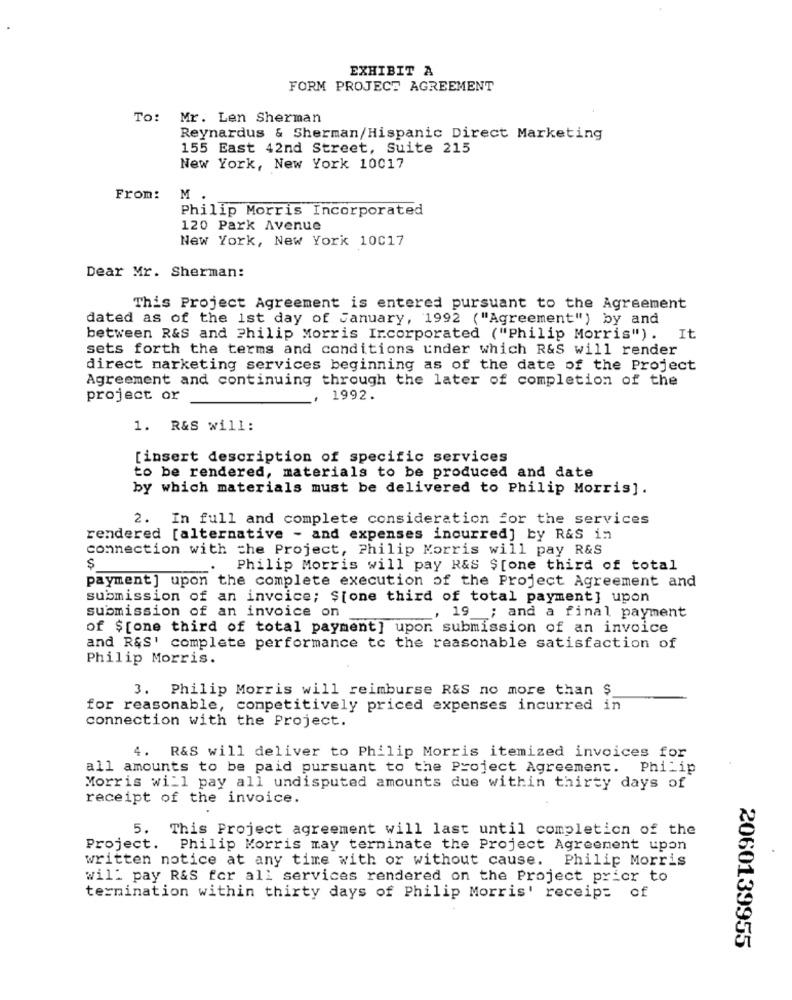
EXHIBIT A
FORM PROJECT AGREEMENT
To: Mr. Len Sherman
Reynardus & Sherman/Hispanic Direct Marketing
155 East 42nd Street, Suite 215
New York, New York 10017
From:
M .
Philip Morris Incorporated
120 Park Avenue
New York, New York 10017
Dear Mr. Sherman:
This Project Agreement is entered pursuant to the Agreement
dated as of the 1st day of January, 1992 ("Agreement") by and
between R&S and Philip Morris Ircorporated ("Philip Morris"). It
sets forth the terms and conditions under which R&S will render
direct marketing services beginning as of the date of the Project
Agreement and continuing through the later of completion of the
project or
1992.
1. R&S will:
[insert description of specific services
to be rendered, materials to be produced and date
by which materials must be delivered to Philip Morris].
2. In full and complete consideration for the services
rendered [alternative - and expenses incurred] by R&S in
connection with the Project, Philip Morris will pay R&S
Philip Morris will pay R&S $[one third of total
payment] upon the complete execution of the Project Agreement and
submission of an invoice; $[one third of total payment] upon
submission of an invoice on
, 19 ; and a final payment
of $[one third of total payment] upon submission of an invoice
and R&S' complete performance to the reasonable satisfaction of
Philip Morris.
3. Philip Morris will reimburse R&S no more than $
for reasonable, competitively priced expenses incurred in
connection with the Project.
4. R&S will deliver to Philip Morris itemized invoices for
all amounts to be paid pursuant to the Project Agreement. Philip
Morris will pay all undisputed amounts due within thirty days of
receipt of the invoice.
5. This Project agreement will last until completion of the
Project.
Philip Morris may terminate the Project Agreement upon
written notice at any time with or without cause. Philip Morris
will pay R&S for all services rendered on the Project prior to
termination within thirty days of Philip Morris' receipt of
2060139955